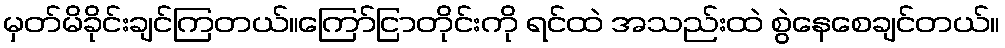
မှတ်မိခိုင်းချင်ကြတယ်။ကြော်ငြာတိုင်းကို ရင်ထဲ အသည်းထဲ စွဲနေစေချင်တယ်။